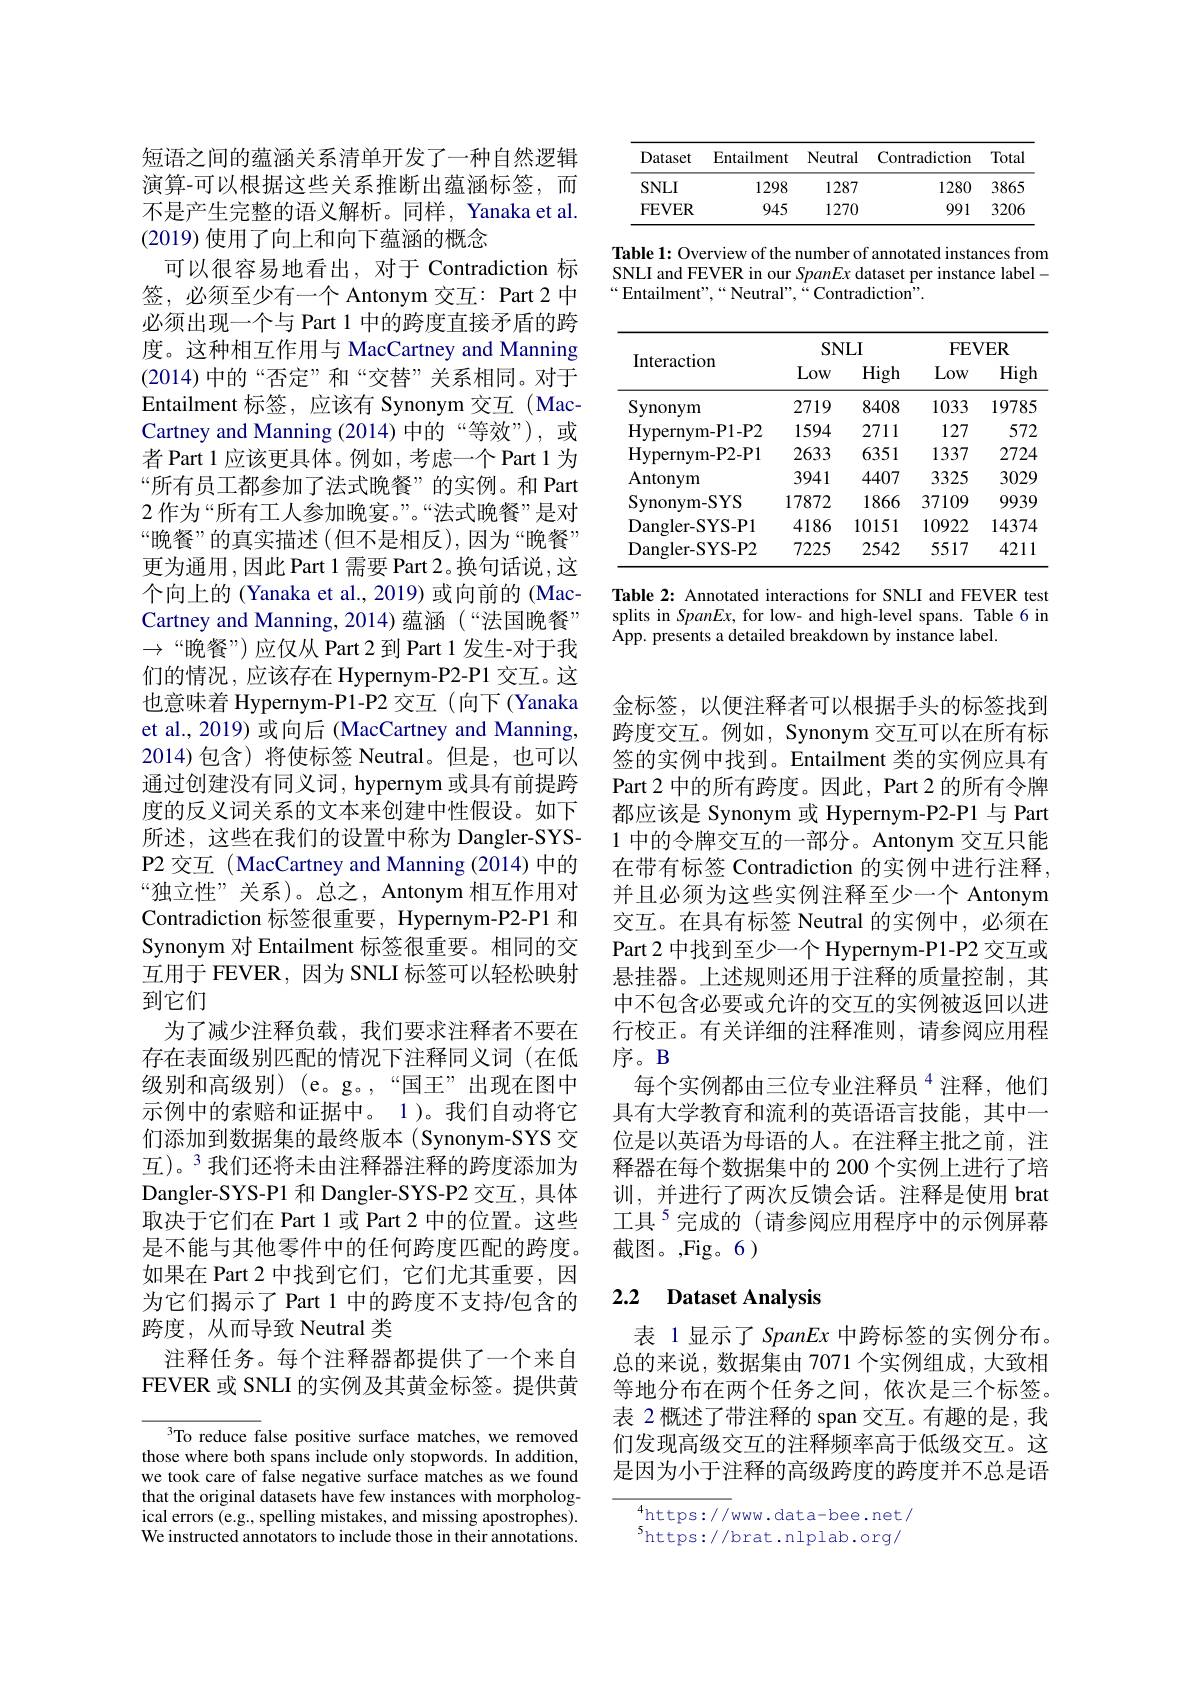
短语之间的蕴涵关系清单开发了一种自然逻辑演算-可以根据这些关系推断出蕴涵标签，而不是产生完整的语义解析。同样，Yanaka et al. (2019)使用了向上和向下蕴涵的概念
可以很容易地看出，对于 Contradiction 标签，必须至少有一个 Antonym 交互：Part 2 中必须出现一个与 Part 1 中的跨度直接矛盾的跨度。这种相互作用与 MacCartney and Manning (2014)中的“否定”和“交替”关系相同。对于Entailment 标签，应该有 Synonym 交互(MacCartney and Manning (2014) 中的“等效”), 或者 Part 1 应该更具体。例如，考虑一个 Part 1 为“所有员工都参加了法式晚餐”的实例。和 Part 2 作为“所有工人参加晚宴。”。“法式晚餐”是对“晚餐”的真实描述(但不是相反),因为“晚餐” 更为通用，因此 Part 1 需要 Part 2。换句话说，这个向上的 (Yanaka et al., 2019) 或向前的 (MacCartney and Manning, 2014) 蕴涵(“法国晚餐” $\to“$晚餐”)应仅从 Part 2 到 Part 1 发生-对于我们的情况，应该存在 Hypernym-P2-P1 交互。这也意味着 Hypernym-P1-P2 交互(向下(Yanaka et al., 2019) 或向后 (MacCartney and Manning, 2014)包含)将使标签 Neutral。但是，也可以通过创建没有同义词，hypernym 或具有前提跨度的反义词关系的文本来创建中性假设。如下所述，这些在我们的设置中称为 Dangler-SYSP2 交互 (MacCartney and Manning (2014)中的“独立性”关系)。总之，Antonym 相互作用对Contradiction 标签很重要 , Hypernym-P2-P1 和Synonym 对 Entailment 标签很重要。相同的交互用于 FEVER,因为 SNLI 标签可以轻松映射到它们
为了减少注释负载，我们要求注释者不要在存在表面级别匹配的情况下注释同义词(在低级别和高级别) (e。g。,“国王”出现在图中示例中的索赔和证据中。1)。我们自动将它们添加到数据集的最终版本(Synonym-SYS 交互)。$^{3}$我们还将未由注释器注释的跨度添加为Dangler-SYS-P1 和 Dangler-SYS-P2 交互，具体取决于它们在 Part 1 或 Part 2 中的位置。这些是不能与其他零件中的任何跨度匹配的跨度。如果在 Part 2 中找到它们，它们尤其重要，因为它们揭示了 Part 1 中的跨度不支持$\prime$包含的跨度，从而导致 Neutral 类
注释任务。每个注释器都提供了一个来自FEVER 或 SNLI 的实例及其黄金标签。提供黄

To reduce false positive surface matches, we removed those where both spans include only stopwords. In addition, we took care of false negative surface matches as we found that the original datasets have few instances with morphological errors (e.g., spelling mistakes, and missing apostrophes). We instructed annotators to include those in their annotations.

<table>
	<tbody>
		<tr>
			<th>Dataset</th>
			<th>Entailment</th>
			<th>Neutral</th>
			<th>Contradiction</th>
			<th>Total</th>
		</tr>
		<tr>
			<td>$SNLI$</td>
			<td>1298</td>
			<td>1287</td>
			<td>1280</td>
			<td>3865</td>
		</tr>
		<tr>
			<td>$\mathbf{FEVER}$</td>
			<td>945</td>
			<td>1270</td>
			<td>991</td>
			<td>3206</td>
		</tr>
	</tbody>
</table>

Table 1: Overview of the number of annotated instances from

SNLI and FEVER in our SpanEx dataset per instance label-

$“$Entailment",“Neutral”,“Contradiction".

<table>
	<tbody>
		<tr>
			<th rowspan="2">Interaction</th>
			<th colspan="2">$SNLI$</th>
			<th colspan="2">$\mathbf{FEVER}$</th>
		</tr>
		<tr>
			<th>Low</th>
			<th>High</th>
			<th>Low</th>
			<th>High</th>
		</tr>
		<tr>
			<td>Synonym</td>
			<td>2719</td>
			<td>8408</td>
			<td>1033</td>
			<td>19785</td>
		</tr>
		<tr>
			<td>Hypernym- P1- P2</td>
			<td>1594</td>
			<td>2711</td>
			<td>127</td>
			<td>572</td>
		</tr>
		<tr>
			<td>Hypernym- P2- P1</td>
			<td>2633</td>
			<td>6351</td>
			<td>1337</td>
			<td>2724</td>
		</tr>
		<tr>
			<td>Antonym</td>
			<td>3941</td>
			<td>4407</td>
			<td>3325</td>
			<td>3029</td>
		</tr>
		<tr>
			<td>Synonym- SYS</td>
			<td>17872</td>
			<td>1866</td>
			<td>37109</td>
			<td>9939</td>
		</tr>
		<tr>
			<td>Dangler- SYS- P1</td>
			<td>4186</td>
			<td>10151</td>
			<td>10922</td>
			<td>14374</td>
		</tr>
		<tr>
			<td>Dangler- SYS- P2</td>
			<td>7225</td>
			<td>2542</td>
			<td>5517</td>
			<td>4211</td>
		</tr>
	</tbody>
</table>

Table 2: Annotated interactions for SNLI and FEVER test splits in SpanEx, for low- and high-level spans. Table 6 in App. presents a detailed breakdown by instance label.

金标签，以便注释者可以根据手头的标签找到跨度交互。例如，Synonym 交互可以在所有标签的实例中找到。Entailment 类的实例应具有Part 2 中的所有跨度。因此，Part 2 的所有令牌都应该是 Synonym 或 Hypernym-P2-P1 与 Part 1 中的令牌交互的一部分。Antonym 交互只能在带有标签 Contradiction 的实例中进行注释， 并且必须为这些实例注释至少一个 Antonym 交互。在具有标签 Neutral 的实例中，必须在Part 2 中找到至少一个 Hypernym-P1-P2 交互或悬挂器。上述规则还用于注释的质量控制，其中不包含必要或允许的交互的实例被返回以进行校正。有关详细的注释准则，请参阅应用程序。B
每个实例都由三位专业注释员$^{4}$注释，他们具有大学教育和流利的英语语言技能，其中一位是以英语为母语的人。在注释主批之前，注释器在每个数据集中的 200 个实例上进行了培训，并进行了两次反馈会话。注释是使用 brat 工具$^{5}$完成的(请参阅应用程序中的示例屏幕截图。,Fig。6)

## 2.2 $\textbf{Dataset Analysis}$

表 1显示了 SpanEx 中跨标签的实例分布。总的来说，数据集由 7071 个实例组成，大致相等地分布在两个任务之间，依次是三个标签。表 2 概述了带注释的 span 交互。有趣的是，我们发现高级交互的注释频率高于低级交互。这是因为小于注释的高级跨度的跨度并不总是语

$\overline{4\mathrm{https://}}$ww.data-bee.net/ $^{5}$https://brat.nlplab.org/